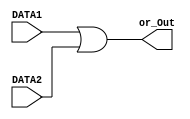
/*
 *	
 *	Task 1
 *	ALU 
 *
 */

// or operation
module OR(or_Out,DATA1,DATA2);

        //port declaration
        input [7:0] DATA1,DATA2;
        output [7:0] or_Out;
//	initial begin
        assign or_Out = DATA1 | DATA2;
//	end
endmodule

// and operation
module AND(and_Out,DATA1,DATA2);
	
	//port declaration
        input [7:0] DATA1,DATA2;
        output [7:0] and_Out;
	//initial begin	
        assign and_Out = DATA1 & DATA2;
	//end
endmodule



// add operation
module ADD(add_Out,DATA1,DATA2);
	
	//port declaration
        input [7:0] DATA1,DATA2;
        output [7:0] add_Out;
//	initial begin	
	assign add_Out = DATA1 + DATA2;
//	end
endmodule

// foward operation
module FORWARD(fwd_Out, DATA2);
	
	//port declaration
	input [7:0] DATA2;
	output [7:0] fwd_Out;
	
//	initial begin
	assign fwd_Out = DATA2;
//	end
endmodule


module alu(RESULT,DATA1,DATA2,SELECT);

	//port declaration
	input [7:0] DATA1,DATA2;
	input [2:0] SELECT;
	output reg[7:0] RESULT;
	wire[7:0] fwd_Out, add_Out, and_Out, or_Out ;

	FORWARD fOp(fwd_Out, DATA2);
	ADD addOp(add_Out,DATA1,DATA2);
	AND andOp(and_Out,DATA1,DATA2);
	OR orOp(or_Out,DATA1,DATA2);

	always @ (*) begin
	
	case(SELECT) 

	'b000: 
		#1 RESULT =  fwd_Out ;

	
	'b001:
		#2 RESULT = add_Out ;		

	'b010:
		
		#1 RESULT =  and_Out ;
	
	'b011:
		
		#1 RESULT = or_Out ;

	default:

		RESULT = 'b00000000;	
		
	endcase
	end
	
endmodule